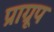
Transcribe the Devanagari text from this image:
प्राग्रूप